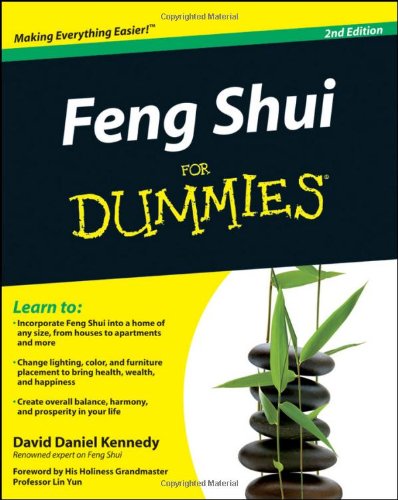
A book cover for Feng Shui For Dummies; David Daniel Kennedy; Religion & Spirituality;